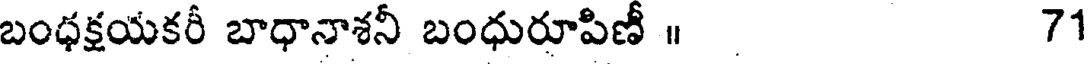
బంధక్షయకరీ బాధానాశనీ బంధురూపిణీ ॥ 71